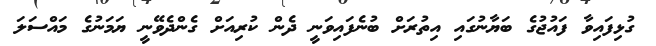
ގުޅިފައިވާ ފައުޖުގެ ބަޔާނުގައި އިތުރަށް ބުނެފައިވަނީ ދެން ކުރިއަށް ގެންދެވޭނީ ޔަމަނުގެ މައްސަލަ